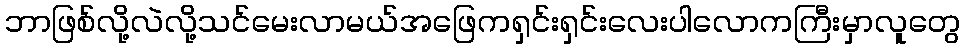
ဘာဖြစ်လို့လဲလို့သင်မေးလာမယ်အဖြေကရှင်းရှင်းလေးပါလောကကြီးမှာလူတွေ